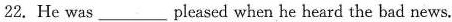
22. He was ___ pleased when he heard the bad news.